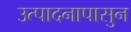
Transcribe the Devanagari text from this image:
उत्पादनापासुन